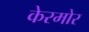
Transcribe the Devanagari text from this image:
केरमोर